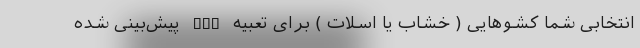
انتخابی شما کشوهایی ( خشاب یا اسلات ) برای تعبیه SSD پیش‌بینی شده